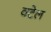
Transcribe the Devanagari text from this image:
वटेल